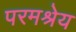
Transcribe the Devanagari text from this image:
परमश्रेय